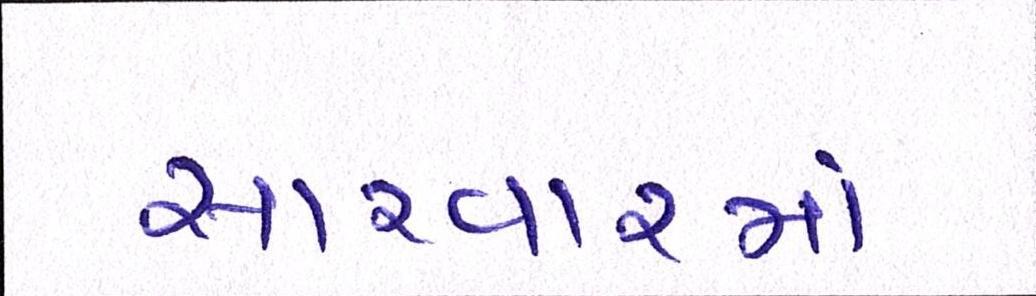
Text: સારવારમાં